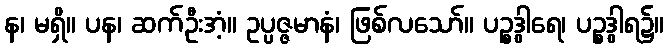
န၊ မရှိ။ ပန၊ ဆက်ဦးအံ့။ ဥပ္ပဇ္ဇမာနံ၊ ဖြစ်လသော်။ ပဉ္စဒွါရေ၊ ပဉ္စဒွါရ၌။